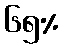
၆၅%